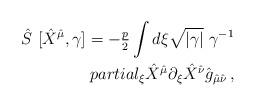
LaTeX: \begin{align*}\hat{S}\ [\hat{X}^{\hat{\mu}},\gamma] =-{\textstyle\frac{p}{2}} \int d\xi \sqrt{|\gamma|}\ \gamma^{-1}\\partial_{\xi}\hat{X}^{\hat{\mu}}\partial_{\xi}\hat{X}^{\hat{\nu}} \hat{g}_{\hat{\mu}\hat{\nu}}\, ,\end{align*}